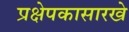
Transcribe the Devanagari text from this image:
प्रक्षेपकासारखे